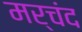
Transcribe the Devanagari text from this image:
मर्चंद